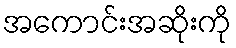
အကောင်းအဆိုးကို